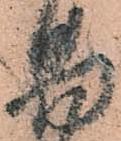
易